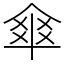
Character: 𠌂